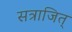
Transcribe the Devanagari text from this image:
सत्राजित्